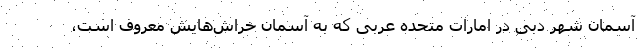
آسمان شهر دبی در امارات متحده عربی که به آسمان خراش‌هایش معروف است،